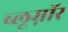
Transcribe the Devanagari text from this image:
ब्लूम्नॉर